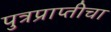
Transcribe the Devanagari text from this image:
पुत्रप्राप्‍तीचा